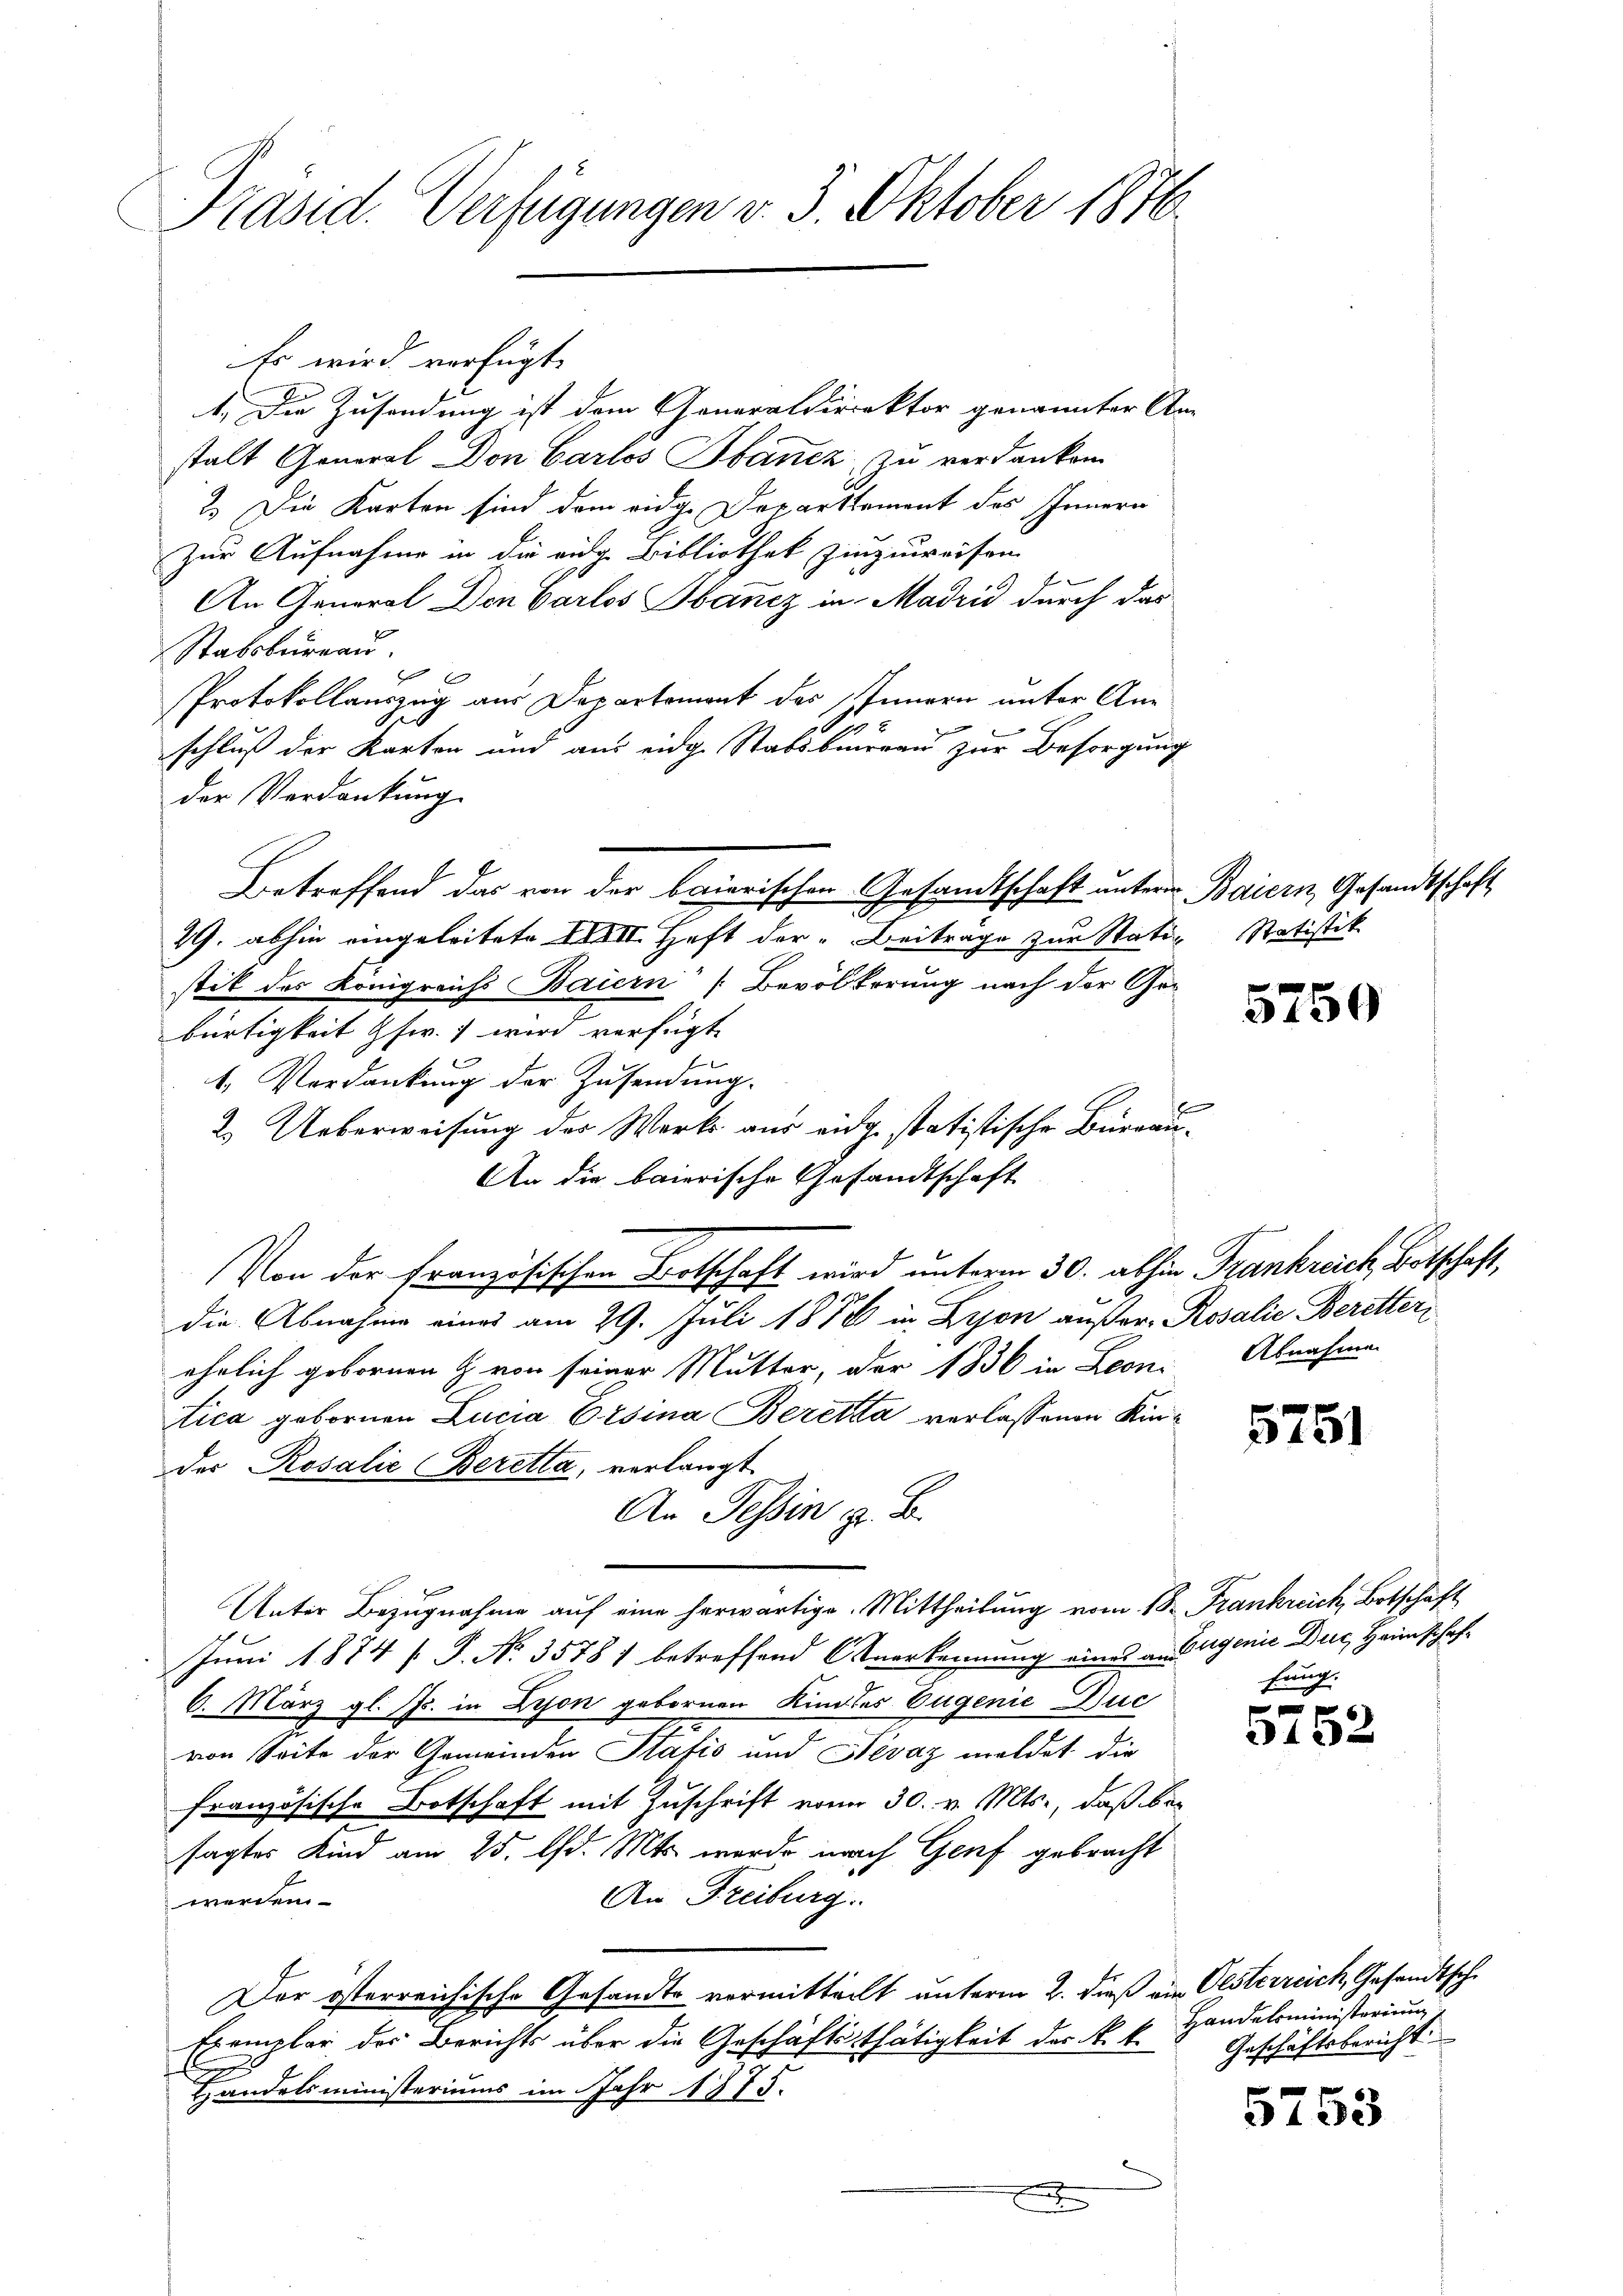
Präsid. Verfügungen v. 3. Oktober 1876.

Es wird verfügt,
1.) Die Zusendung ist dem Generaldirektor genannter An-
stalt General Don Carlos Ibancz zu verdanken
2.) Die Karton sind dem eidg. Departtement des Innern
Zur Aufnahme in die eidge Bibliothek hinzuweisen
An General Den Barlos Sbancz in Madrid durch das
Stabsbureau.
Protokollauszug aus Departement des Innern unter Ane¬
.
e
schluß der Karten und aus eidge Stabsbureau zur Besorgung
der Verdankung
Betreffend das von der baierischen Gesandtschaft unterm Baiern, Gesandtschaft
29. abhin eingeleitete XXXIII. Heft der Beiträge zur Stati Statistik
stik des Königreichs Baiern (Bevölkerung nach der Gebürtigkeit Gfw.) wird verfügt
1. Verdankung der Zusendung.
e
2. Ueberweisung der Werk aus eidg. statistische Bürogir¬
An die baierische Gesandtschaft
Von der französischen Botschaft wird unterm 30. abhin Frankreich, Botschaft,
die Abnahme eines am 29. Juli 1878 in Lyon außer-Rosalie Beretter,
ehelich gebornen & von seiner Mutter, der 1836 in Leon, Abnahme
tica gebornen Lucia Ersina Beretta verlassenen Kinder Rosalie Beretta, verlangt
An Tessin z. B.
e
Unter Bezugnahme auf eine herwärtige Mittheilung vom 18. Frankreich, Botschaft
Juni 1874 [ P. Nr. 3578) betreffend Anerkennung eines aussagenie Du, Heimschaf¬
6. März gl. Js. in Lyon gebornen Kindes Eugenie Zuc
von Seite der Gemeinden Statis und Nevaz meldet die
französische Botschaft mit Zuschrift vom 30. v. Mts., daß besagtes Kind am 25. d. Mts. werde nach Genf gebracht
An Freiburg.
werden
Der österreichische Gesandte vormitteilt unterm 2. dieß ein Oesterreich, Gesandtsch
Exemplar des Berichts über die Geschäftsthätigkeit der k. k.
E
Handelsministeriums im Jahr 1875.
E

5750

5751

fung.

f 0 x
3432

Handelsministerium
Geschäftsbericht

5753